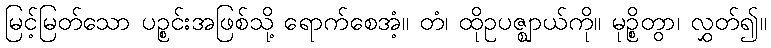
မြင့်မြတ်သော ပဉ္စင်းအဖြစ်သို့ ရောက်စေအံ့။ တံ၊ ထိုဥပဇ္ဈာယ်ကို။ မုဉ္စိတွာ၊ လွှတ်၍။